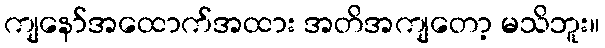
ကျနော်အထောက်အထား အတိအကျတော့ မသိဘူး။